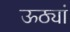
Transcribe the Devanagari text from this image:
ऊठ्यां